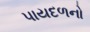
પાયદળનો